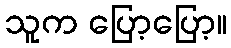
သူက ပြော့ပြော့။